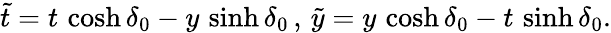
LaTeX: \tilde{t}=t\, \cosh\delta_{0}-y\, \sinh\delta_{0}\, ,\, \tilde{y}=y\, \cosh\delta_{0}-t\, \sinh\delta_{0}.